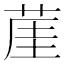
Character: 𦲒